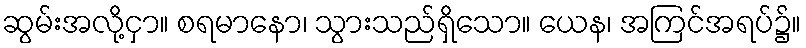
ဆွမ်းအလို့ငှာ။ စရမာနော၊ သွားသည်ရှိသော။ ယေန၊ အကြင်အရပ်၌။